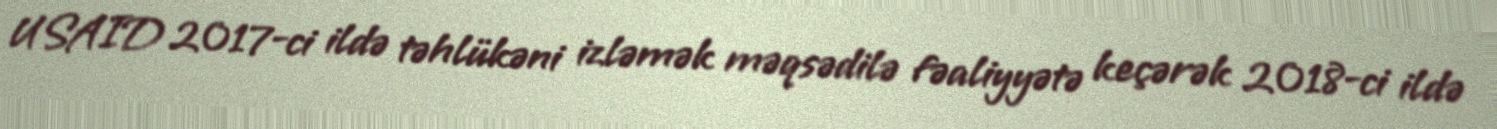
USAID 2017-ci ildə təhlükəni izləmək məqsədilə fəaliyyətə keçərək 2018-ci ildə